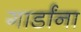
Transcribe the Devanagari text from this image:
गार्डांना